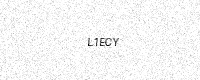
Text: L1ECY